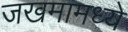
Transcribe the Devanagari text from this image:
जखमामध्ये